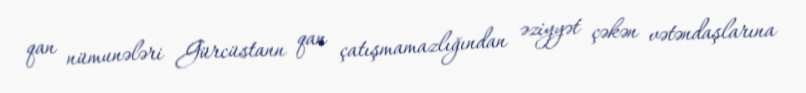
qan nümunələri Gürcüstann qan çatışmamazlığından əziyyət çəkən vətəndaşlarına